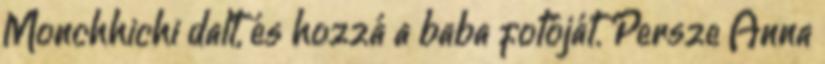
Monchhichi dalt, és hozzá a baba fotóját. Persze Anna